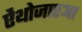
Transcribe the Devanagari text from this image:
ऐंथोजाएआ